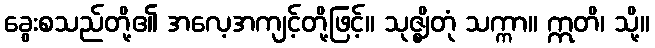
ခွေးစသည်တို့၏ အလေ့အကျင့်တို့ဖြင့်။ သုဇ္ဈိတုံ သက္ကာ။ ဣတိ၊ သို့။